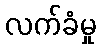
လက်ခံမှု